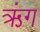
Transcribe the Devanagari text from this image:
ऋंग